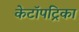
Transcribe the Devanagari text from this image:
केटॉपट्रिका